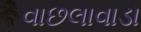
વાછલાવાડા